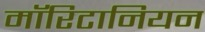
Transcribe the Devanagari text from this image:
मॉरिटानियन